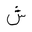
Letter: _shin